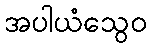
အပါယံသွေဝ